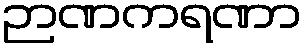
ဉာဏကရဏာ